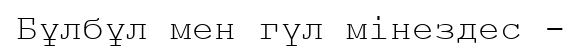
Бұлбұл мен гүл мінездес -